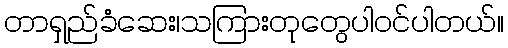
တာရှည်ခံဆေး၊သကြားတုတွေပါဝင်ပါတယ်။